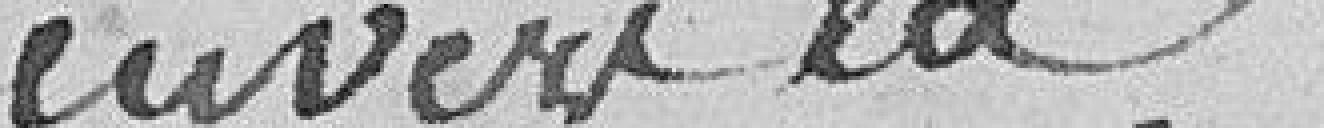
envers la